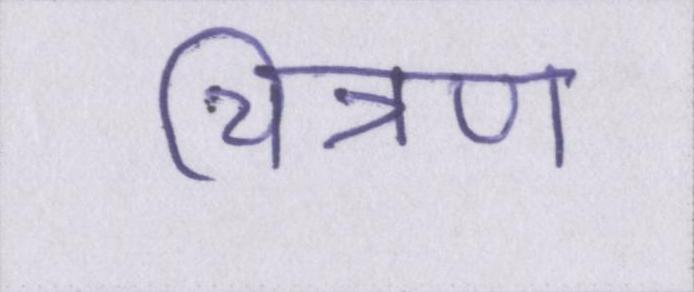
चित्रण